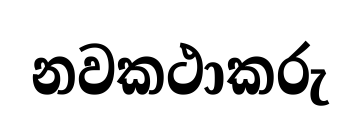
නවකථාකරු